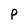
Character: P